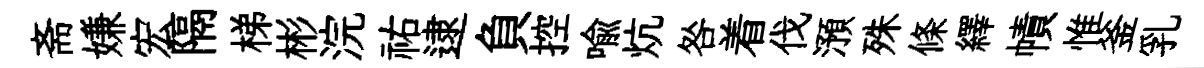
斋嫌宏隔梯彬浣祐逮負控喻炕咎着伐澦殊條繹幘惟釜乳